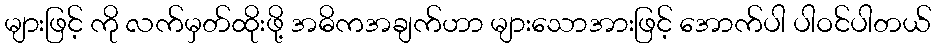
များဖြင့် ကို လက်မှတ်ထိုးဖို့ အဓိကအချက်ဟာ များသောအားဖြင့် အောက်ပါ ပါဝင်ပါတယ်